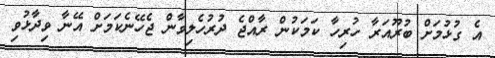
އެ ގުޅުމަށް ބުރޫއަރާ ހުރިހާ ކަމަކުން ރާއްޖެ ދުރުހެލިވާން ޖެހޭނެކަމަށް އޭނާ ވިދާޅުވި